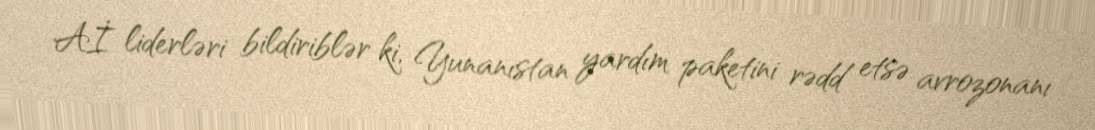
Aİ liderləri bildiriblər ki, Yunanıstan yardım paketini rədd etsə avrozonanı